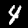
Label: 4